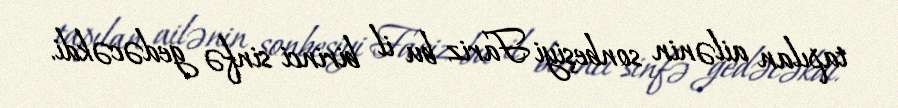
tapılan ailənin sonbeşiyi Fariz bu il birinci sinfə gedəcəkdi.